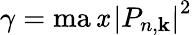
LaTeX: \gamma=\operatorname*{ma\mathit{x}}\left|P_{n,\mathbf{k}}\right|^{2}